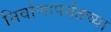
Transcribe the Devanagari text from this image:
निर्वाणापर्यंतच्या